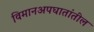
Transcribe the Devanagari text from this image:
विमानअपघातांतील